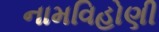
નામવિહોણી